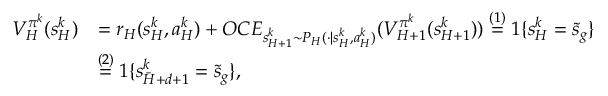
\begin{array} { r l } { V _ { H } ^ { \pi ^ { k } } ( s _ { H } ^ { k } ) } & { = r _ { H } ( s _ { H } ^ { k } , a _ { H } ^ { k } ) + O C E _ { s _ { H + 1 } ^ { k } \sim P _ { H } ( \cdot \vert s _ { H } ^ { k } , a _ { H } ^ { k } ) } ( V _ { H + 1 } ^ { \pi ^ { k } } ( s _ { H + 1 } ^ { k } ) ) \overset { ( 1 ) } { = } 1 \{ s _ { H } ^ { k } = \tilde { s } _ { g } \} } \\ & { \overset { ( 2 ) } { = } 1 \{ s _ { \bar { H } + d + 1 } ^ { k } = \tilde { s } _ { g } \} , } \end{array}